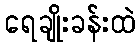
ရေချိုးခန်းထဲ